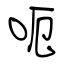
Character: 呃